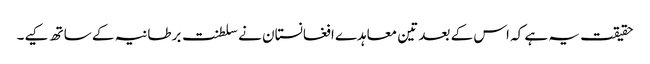
حقیقت یہ ہے کہ اس کے بعد تین معاہدے افغانستان نے سلطنت برطانیہ کے ساتھ کیے۔